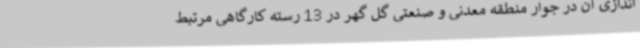
اندازی آن در جوار منطقه معدنی و صنعتی گل گهر در 13 رسته کارگاهی مرتبط